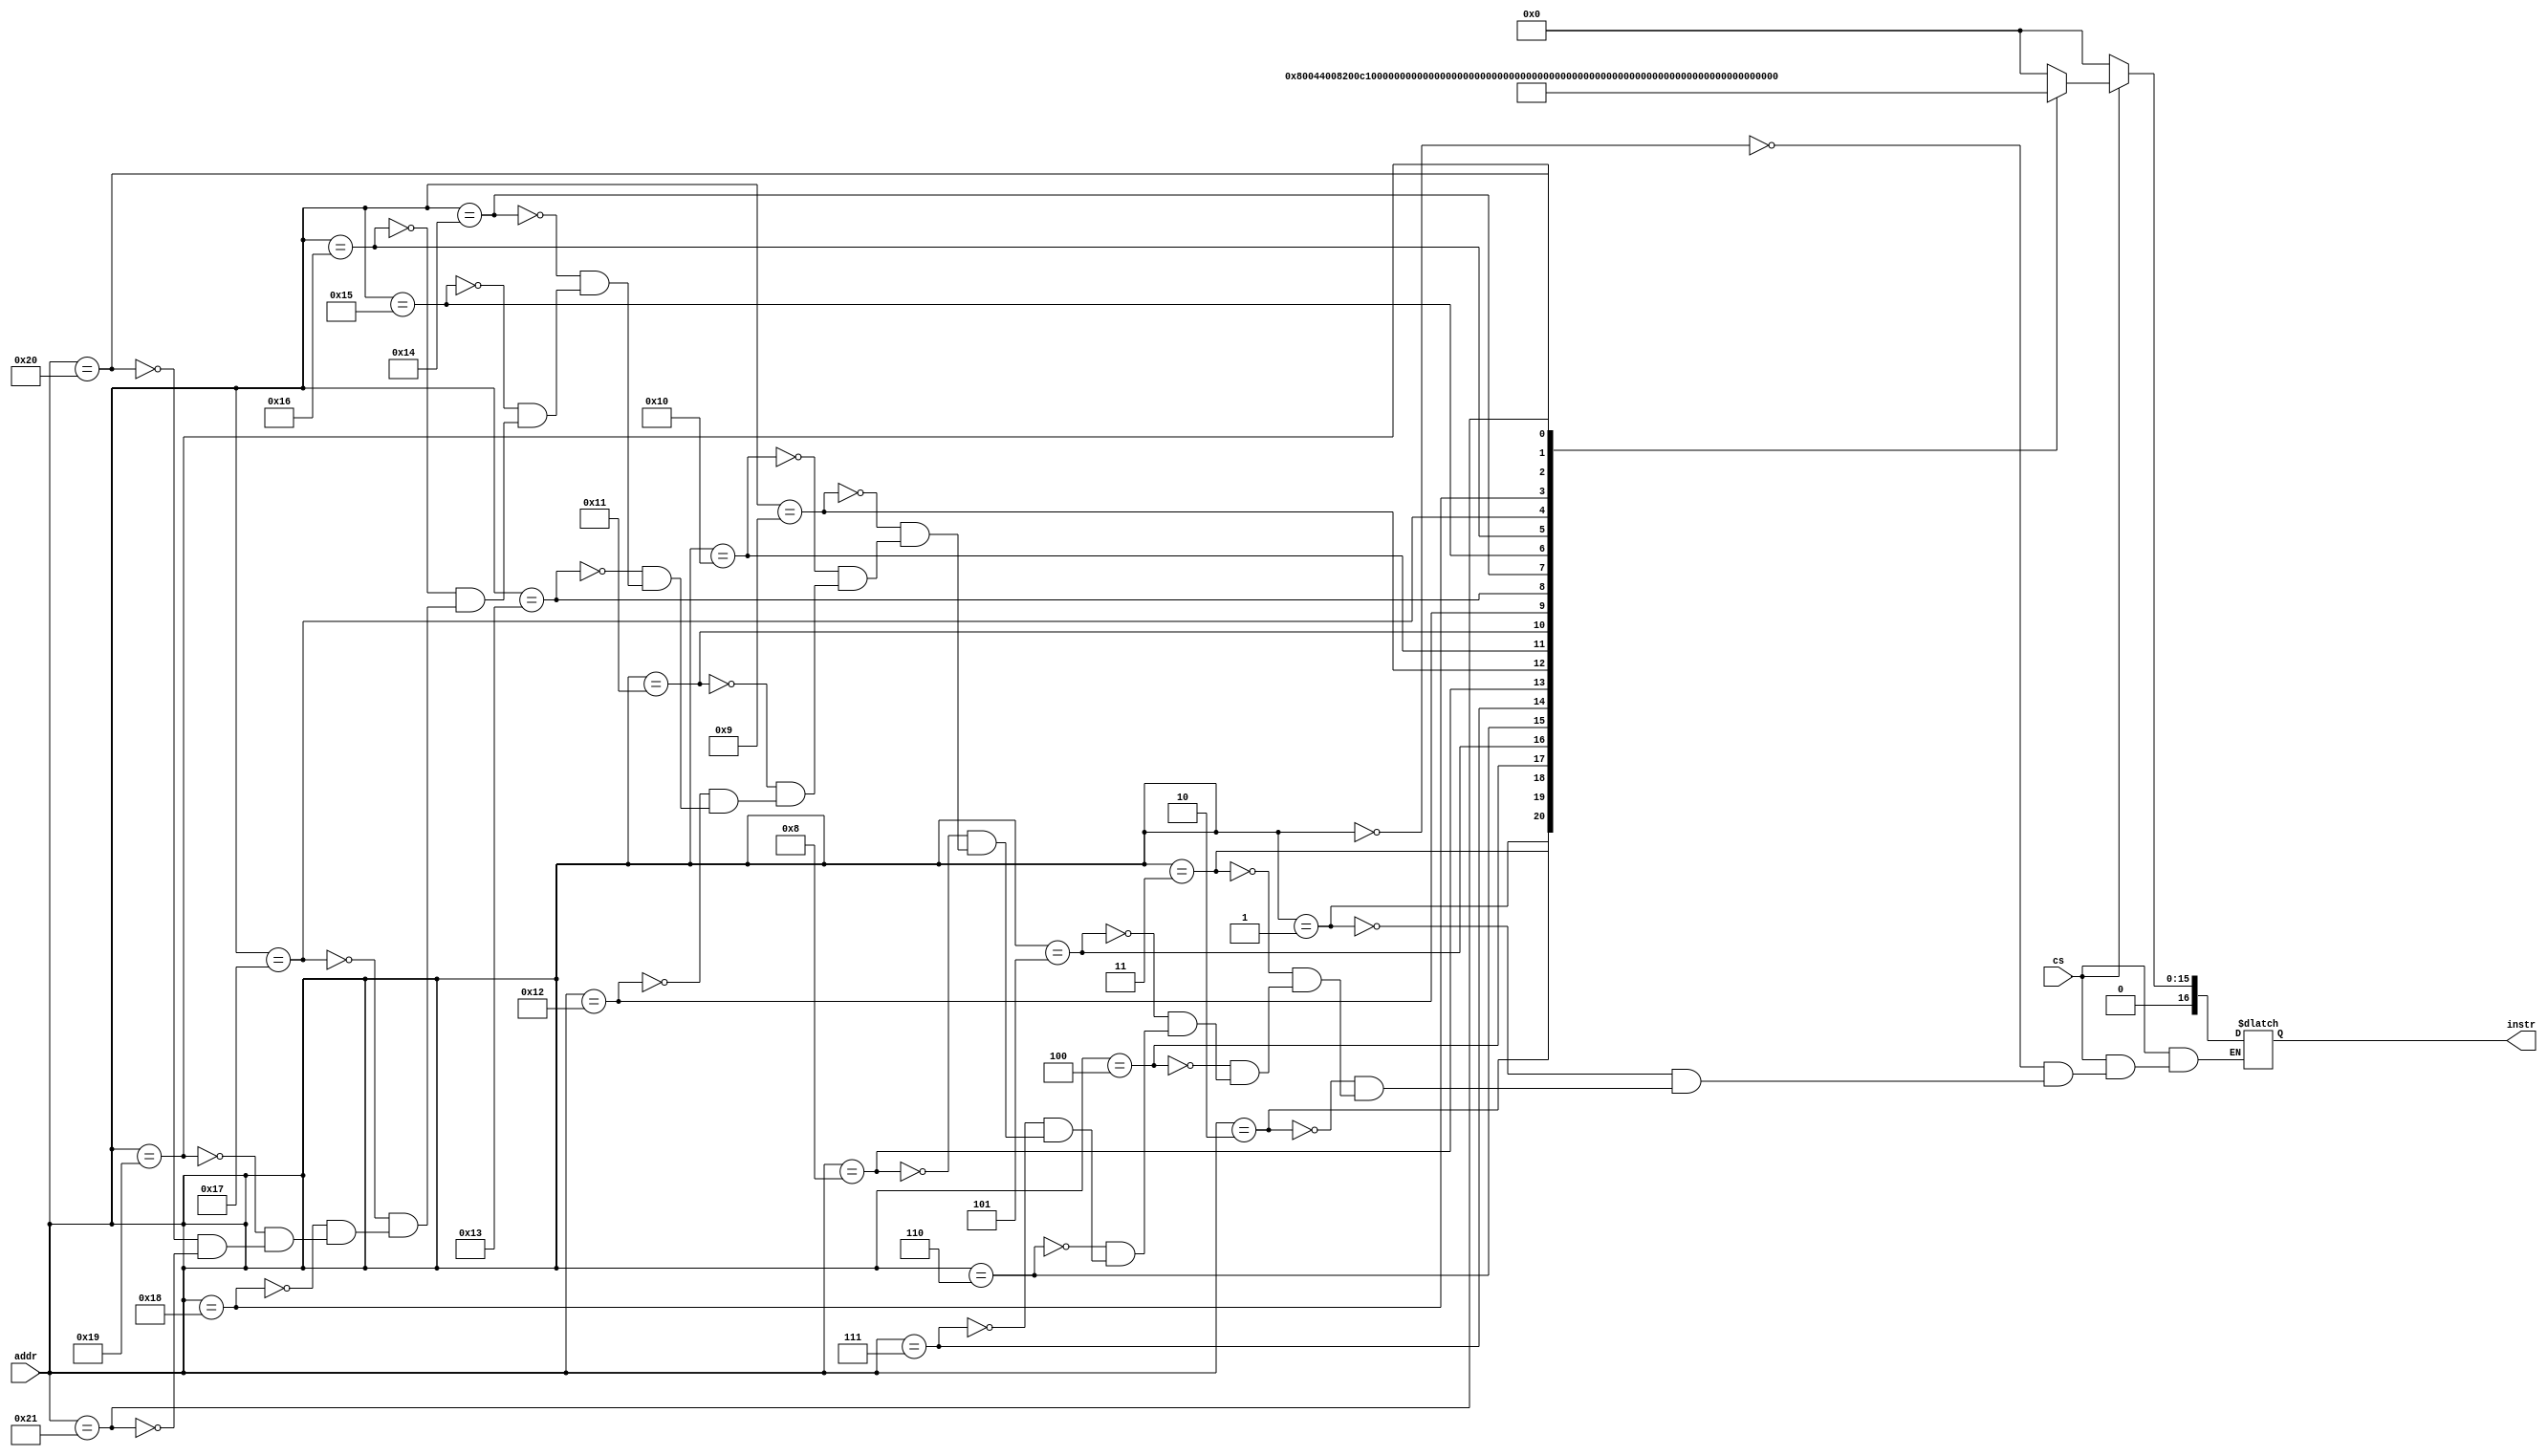
module prog_mem(addr,cs,instr); 
input [7:0] addr;
input cs;
output[16:0]instr;
reg [16:0]instr;
always@(cs or addr)
begin
if(!cs)
instr = 17'b00000000000000000;
else  
begin
    case (addr)
        8'h00 : instr = 17'b00000000000000000; //random instructions
        8'h01 : instr = 17'b01000000000000100;
        8'h02 : instr = 17'b00100000000001000;
        8'h03 : instr = 17'b00010000000001100;
        8'h04 : instr = 17'b00001000000010000;
        8'h05 : instr = 17'b00000100000010100;
        8'h06 : instr = 17'b00000010000011000; 
        8'h07 : instr = 17'b00000001000011100;
        8'h08 : instr = 17'b00000000100100000;
        8'h09 : instr = 17'b00000000010100100;
        8'h10 : instr = 17'b00000000001101000;
        8'h11 : instr = 17'b01100000000101100;
        8'h12 : instr = 17'b00110000000110000;
        8'h13 : instr = 17'b00011000000110100;
        8'h14 : instr = 17'b00001100000111000;
        8'h15 : instr = 17'b00000110000111100;
        8'h16 : instr = 17'b00000011001000000;
        8'h17 : instr = 17'b00000001101000100;
        8'h18 : instr = 17'b00000000111001100;
        8'h19 : instr = 17'b01110000001010000;
        8'h20 : instr = 17'b00111000001010100;
        8'h21 : instr = 17'b00011100001011000;
    endcase
    end
    end
endmodule